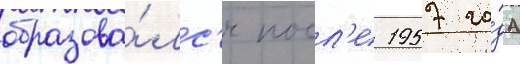
образова́лс'я посл'е 1957 го́да